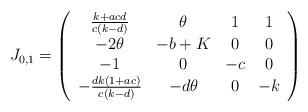
LaTeX: \begin{align*} J_{0,1} = \left( \begin{array}{cccc} \frac{k+acd}{c(k-d)} & \theta & 1 & 1 \\ -2\theta & -b+K & 0 & 0 \\ -1 & 0 & -c & 0\\ -\frac{dk(1+ac)}{c(k-d)} & -d\theta & 0 & -k \\ \end{array} \right) \end{align*}